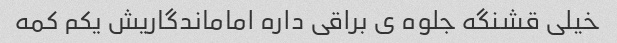
خیلی قشنگه جلوه ی براقی داره اماماندگاریش یکم کمه